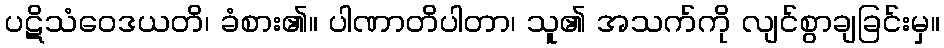
ပဋိသံဝေဒယတိ၊ ခံစား၏။ ပါဏာတိပါတာ၊ သူ၏ အသက်ကို လျင်စွာချခြင်းမှ။